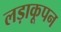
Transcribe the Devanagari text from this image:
लड़ाकूपन